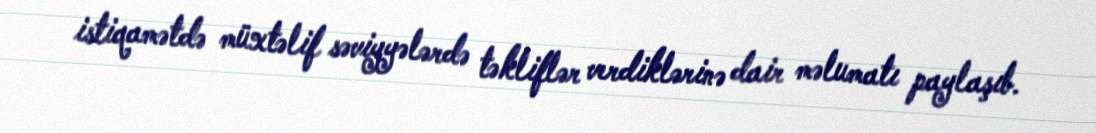
istiqamətdə müxtəlif səviyyələrdə təkliflər verdiklərinə dair məlumatı paylaşıb.